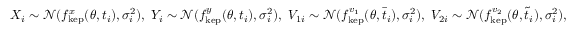
X _ { i } \sim \mathcal { N } ( f _ { \mathrm { k e p } } ^ { x } ( \theta , t _ { i } ) , \sigma _ { i } ^ { 2 } ) , \, \, Y _ { i } \sim \mathcal { N } ( f _ { \mathrm { k e p } } ^ { y } ( \theta , t _ { i } ) , \sigma _ { i } ^ { 2 } ) , \, \, V _ { 1 i } \sim \mathcal { N } ( f _ { \mathrm { k e p } } ^ { v _ { 1 } } ( \theta , \bar { t } _ { i } ) , \sigma _ { i } ^ { 2 } ) , \, \, V _ { 2 i } \sim \mathcal { N } ( f _ { \mathrm { k e p } } ^ { v _ { 2 } } ( \theta , \tilde { t } _ { i } ) , \sigma _ { i } ^ { 2 } ) ,